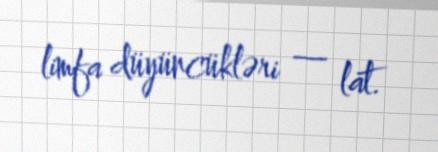
limfa düyüncükləri — lat.